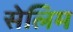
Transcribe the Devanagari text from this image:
सेलिम